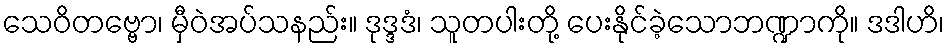
သေဝိတဗ္ဗော၊ မှီဝဲအပ်သနည်း။ ဒုဒ္ဒဒံ၊ သူတပါးတို့ ပေးနိုင်ခဲ့သောဘဏ္ဍာကို။ ဒဒါဟိ၊